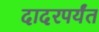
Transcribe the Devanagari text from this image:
दादरपर्यंत